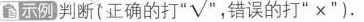
示例 判断(正确的打”√”，错误的打”×”)。